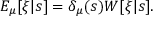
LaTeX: E _ { \mu } [ \xi | s ] = \delta _ { \mu } ( s ) W [ \xi | s ] .